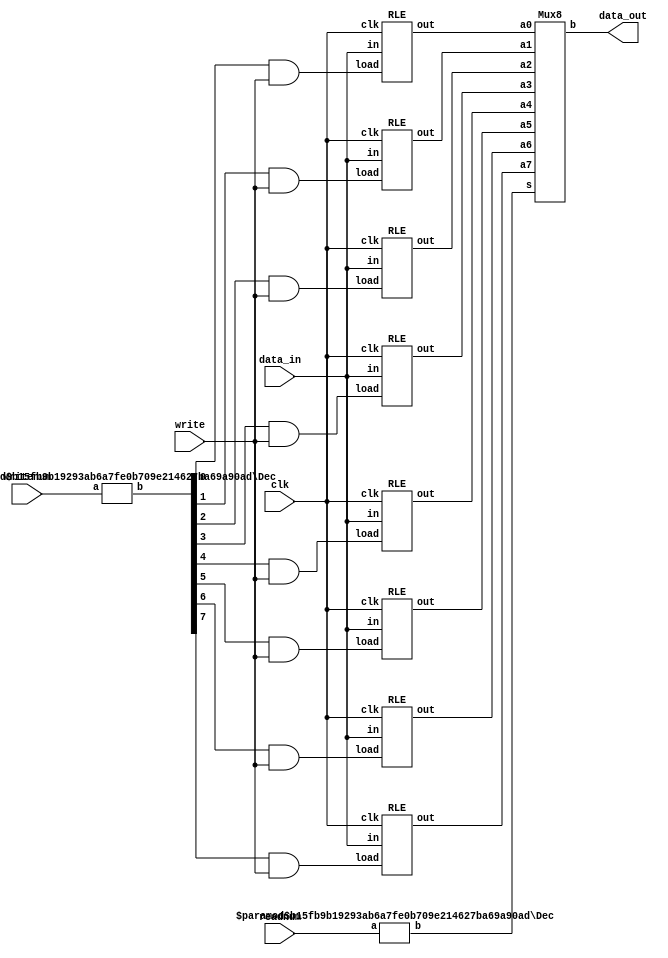
module regfile(data_in,writenum,write,readnum,clk,data_out);
  input [15:0] data_in;
  input [2:0] writenum, readnum;
  input write, clk;
  output [15:0] data_out;

  wire [7:0] writepos, readpos;
  wire [15:0] R0, R1, R2, R3, R4, R5, R6, R7;

//decoder for which one of 8 registers to write to
Dec #(3,8) dec1(writenum, writepos);

//instantiate 8 register files with load enable
RLE r0(data_in, (writepos[0] & write), clk, R0);
RLE r1(data_in, (writepos[1] & write), clk, R1);
RLE r2(data_in, (writepos[2] & write), clk, R2);
RLE r3(data_in, (writepos[3] & write), clk, R3);
RLE r4(data_in, (writepos[4] & write), clk, R4);
RLE r5(data_in, (writepos[5] & write), clk, R5);
RLE r6(data_in, (writepos[6] & write), clk, R6);
RLE r7(data_in, (writepos[7] & write), clk, R7);

//decoder for which register to read from
Dec #(3,8) dec2(readnum, readpos);

//multiplexer to read from correct register
Mux8 mux1(R7, R6, R5, R4, R3, R2, R1, R0, readpos, data_out);

endmodule

//decoder module
module Dec(a, b) ;
  parameter n=2 ;
  parameter m=4 ;

  input  [n-1:0] a ;
  output [m-1:0] b ;

  assign b = 1 << a ;
endmodule

//register with load enable module
module RLE(in, load, clk, out);
  parameter n=16;

  input [n-1:0] in;
  input load, clk;
  output [n-1:0] out;

  reg [n-1:0] tempout;

  always @(posedge clk) begin
	if(load==1'b1)		//only pass input to output if load has logic value 1
	  tempout = in;
  end
  assign out = tempout;

endmodule

module Mux8(a7, a6, a5, a4, a3, a2, a1, a0, s, b) ;
  parameter k = 16 ;
  input [k-1:0] a0, a1, a2, a3, a4, a5, a6, a7 ;  // inputs
  input [7:0]   s ; // one-hot select
  output[k-1:0] b ;
  wire [k-1:0] b = ({k{s[0]}} & a0) | 
                   ({k{s[1]}} & a1) |
                   ({k{s[2]}} & a2) |
                   ({k{s[3]}} & a3) |
		   ({k{s[4]}} & a4) | 
                   ({k{s[5]}} & a5) |
                   ({k{s[6]}} & a6) |
                   ({k{s[7]}} & a7) ;
endmodule

module Mux3(a2, a1, a0, s, b) ;
  parameter k = 9 ;
  input [k-1:0] a0, a1, a2;  // inputs
  input [2:0]   s ; // one-hot select
  output[k-1:0] b ;
  wire [k-1:0] b = ({k{s[0]}} & a0) | 
                   ({k{s[1]}} & a1) |
                   ({k{s[2]}} & a2) ;
endmodule